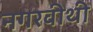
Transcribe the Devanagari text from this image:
नगरवीथी